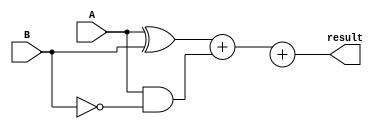
module subtractor(
    input [3:0] A,
    input [3:0] B,
    output [3:0] result
);

wire [3:0] xor_out;
wire [3:0] and_out;
wire overflow;

assign xor_out = A ^ B;
assign and_out = A & ~B;
assign result = xor_out + and_out + overflow;

endmodule